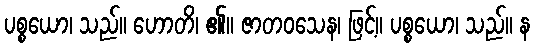
ပစ္စယော၊ သည်။ ဟောတိ၊ ၏။ ဇာတဝသေန၊ ဖြင့်။ ပစ္စယော၊ သည်။ န